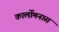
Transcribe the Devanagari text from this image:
कार्लोमनास